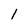
Character: 1